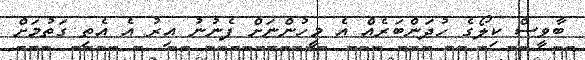
ބާވީސް ކިލޯގެ ހުދަންބަރެއް އެ މީހުންނަށް ފެނުނު އިރު އެ އެތި ގަތުމަށް